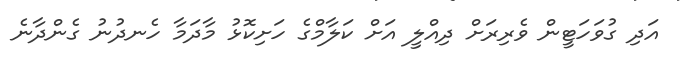
އަދި ގުވަހަޓީން ވެރިރަށް ދިއްލީ އަށް ކަލާމްގެ ހަށިކޮޅު މާދަމާ ހެނދުނު ގެންދާނެ